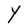
Character: Y